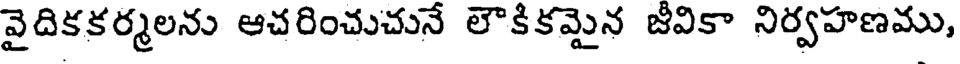
వైదికకర్మలను ఆచరించుచునే లౌకికమైన జీవికా నిర్వహణము,